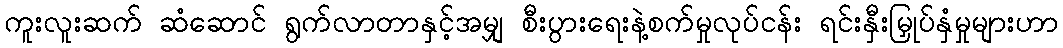
ကူးလူးဆက် ဆံဆောင် ရွက်လာတာနှင့်အမျှ စီးပွားရေးနဲ့စက်မှုလုပ်ငန်း ရင်းနှီးမြှုပ်နှံမှုများဟာ